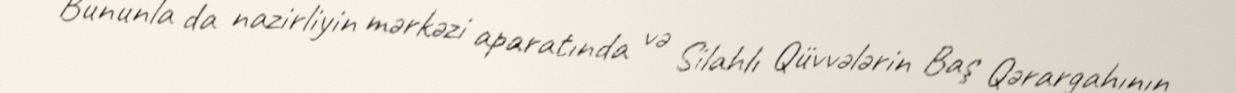
Bununla da nazirliyin mərkəzi aparatında və Silahlı Qüvvələrin Baş Qərargahının